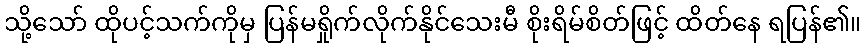
သို့သော် ထိုပင့်သက်ကိုမှ ပြန်မရှိုက်လိုက်နိုင်သေးမီ စိုးရိမ်စိတ်ဖြင့် ထိတ်နေ ရပြန်၏။